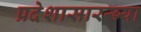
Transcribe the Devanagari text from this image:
प्रदेशासारख्या